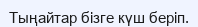
Тыңайтар бізге күш беріп.